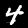
Digit: 4